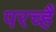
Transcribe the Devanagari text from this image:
परच्हैं